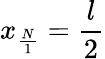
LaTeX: x_{\frac{N}{1}}=\frac{l}{2}